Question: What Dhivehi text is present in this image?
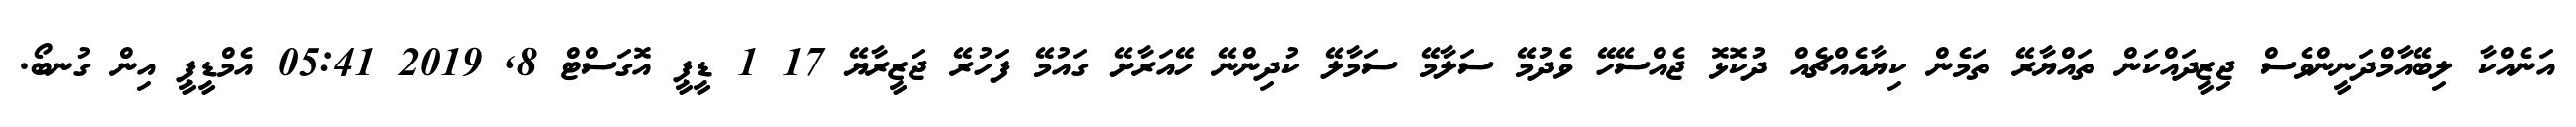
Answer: އަނެއްކާ ލިބޭއާމްދަނީންވެސް ޖިޒީދައްކަން ތައްޔާރޭ ތަމެން ކިޔާއެއްޗެއް ދުކޮޅޮ ޖެއްސޭހޭ ވެދުމޭ ސަލާމޭ ސަމާލޭ ކުދިންނޭ ހޭއަރާށޭ ގައުމޭ ފަހުރޭ ޖަޒީރާޔޭ 17 1 ޑީޕީ އޮގަސްޓް 8, 2019 05:41 އެމްޑީޕީ އިން ގުނބޯ.